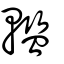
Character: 轞